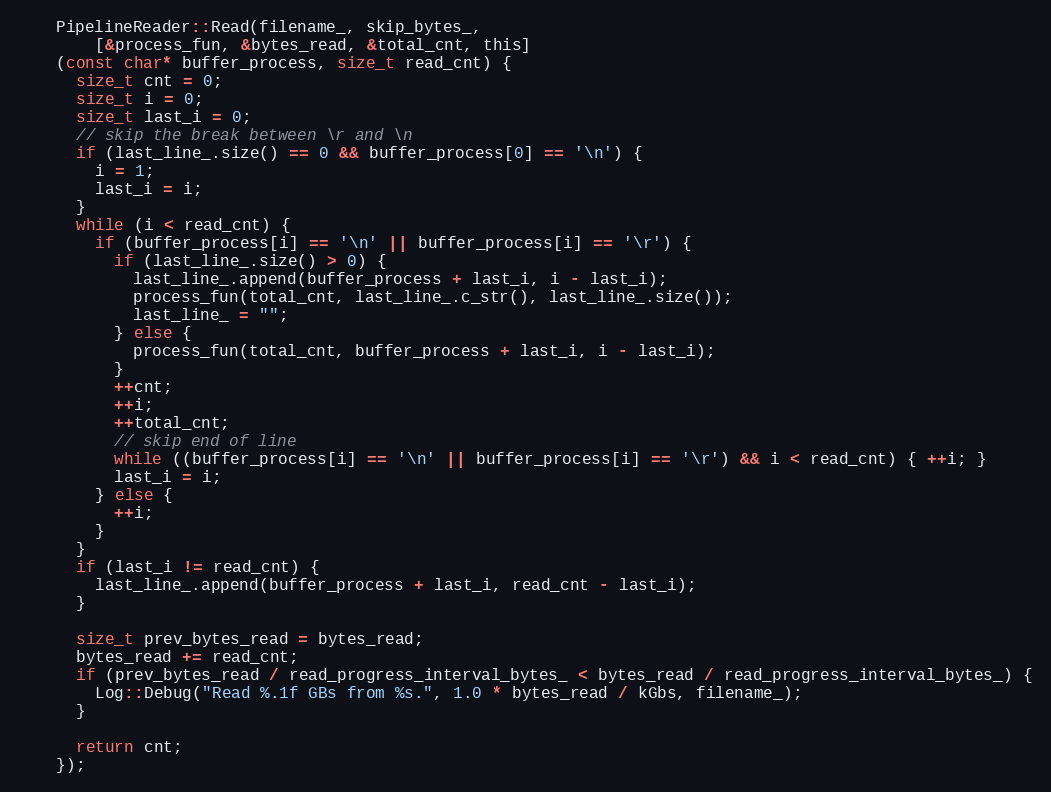
Language: C
    PipelineReader::Read(filename_, skip_bytes_,
        [&process_fun, &bytes_read, &total_cnt, this]
    (const char* buffer_process, size_t read_cnt) {
      size_t cnt = 0;
      size_t i = 0;
      size_t last_i = 0;
      // skip the break between \r and \n
      if (last_line_.size() == 0 && buffer_process[0] == '\n') {
        i = 1;
        last_i = i;
      }
      while (i < read_cnt) {
        if (buffer_process[i] == '\n' || buffer_process[i] == '\r') {
          if (last_line_.size() > 0) {
            last_line_.append(buffer_process + last_i, i - last_i);
            process_fun(total_cnt, last_line_.c_str(), last_line_.size());
            last_line_ = "";
          } else {
            process_fun(total_cnt, buffer_process + last_i, i - last_i);
          }
          ++cnt;
          ++i;
          ++total_cnt;
          // skip end of line
          while ((buffer_process[i] == '\n' || buffer_process[i] == '\r') && i < read_cnt) { ++i; }
          last_i = i;
        } else {
          ++i;
        }
      }
      if (last_i != read_cnt) {
        last_line_.append(buffer_process + last_i, read_cnt - last_i);
      }

      size_t prev_bytes_read = bytes_read;
      bytes_read += read_cnt;
      if (prev_bytes_read / read_progress_interval_bytes_ < bytes_read / read_progress_interval_bytes_) {
        Log::Debug("Read %.1f GBs from %s.", 1.0 * bytes_read / kGbs, filename_);
      }

      return cnt;
    });